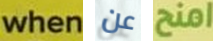
when عن امنح